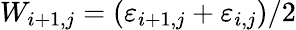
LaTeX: W_{i+1,j}=(\varepsilon_{i+1,j}+\varepsilon_{i,j})/2